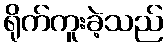
ရိုက်ကူးခဲ့သည်